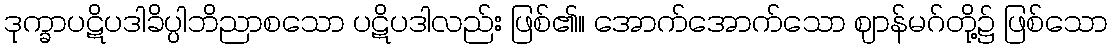
ဒုက္ခာပဋိပဒါခိပ္ပါဘိညာစသော ပဋိပဒါလည်း ဖြစ်၏။ အောက်အောက်သော ဈာန်မဂ်တို့၌ ဖြစ်သော